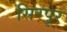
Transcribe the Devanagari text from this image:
सिरपूर